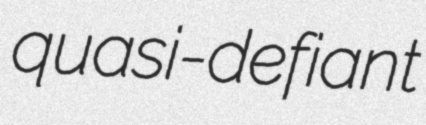
quasi-defiant